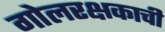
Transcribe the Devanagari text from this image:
गोलरक्षकाची